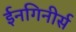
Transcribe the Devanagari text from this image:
ईनगिनीर्स